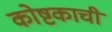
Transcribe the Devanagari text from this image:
कोष्टकाची